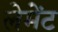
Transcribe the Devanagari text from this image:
लेमेंट